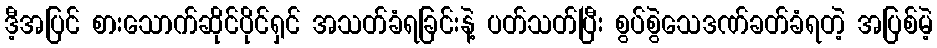
ဒီ့အပြင် စားသောက်ဆိုင်ပိုင်ရှင် အသတ်ခံရခြင်းနဲ့ ပတ်သတ်ပြီး စွပ်စွဲသေဒဏ်ခတ်ခံရတဲ့ အပြစ်မဲ့